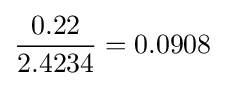
{\frac {0.22}{2.4234}}=0.0908